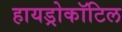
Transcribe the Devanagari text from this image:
हायड्रोकॉटिल